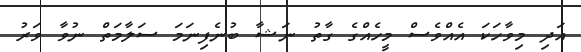
އަދި މިވާހަކަ އެއްވެސް މީހެއްގެ ގާތު ނަޝާ ބުނެފިނަމަ ސަލާމަތް ނުވާ ވަރު